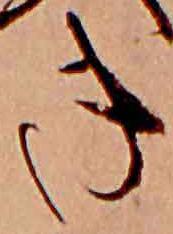
き